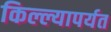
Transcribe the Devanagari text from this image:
किल्ल्यापर्यत